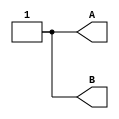
module stimulus (output reg A, B);


  initial begin
    {A, B} = 2'b00;
    #10 {A, B} = 2'b01;
    #10 {A, B} = 2'b10;
    #10 {A, B} = 2'b11;
  end

endmodule